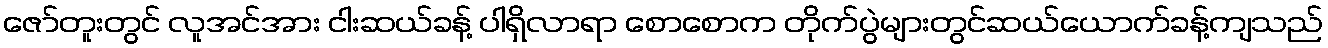
ဇော်တူးတွင် လူအင်အား ငါးဆယ်ခန့် ပါရှိလာရာ စောစောက တိုက်ပွဲများတွင်ဆယ်ယောက်ခန့်ကျသည်